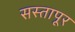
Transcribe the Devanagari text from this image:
सस्तापूर